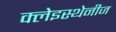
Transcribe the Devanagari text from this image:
क्लेइस्थेनीज